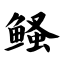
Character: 鳋